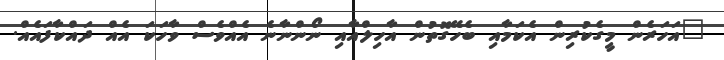
"އަހަރެން މީގެކުރިން އެކަމާއި ބެހޭގޮތުން އާހިލްއާއި ނޯންނާނެ އެއްވެސް ވާހަކަ އެއް ދައްކާފައެއް.